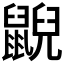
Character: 𪕨